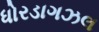
ધોરડાગઝલ